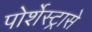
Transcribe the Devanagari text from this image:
पोर्शेस्ट्रासे